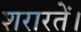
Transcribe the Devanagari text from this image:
शरारतें।